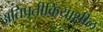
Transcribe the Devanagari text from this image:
अतिप्रतीक्रियाशील